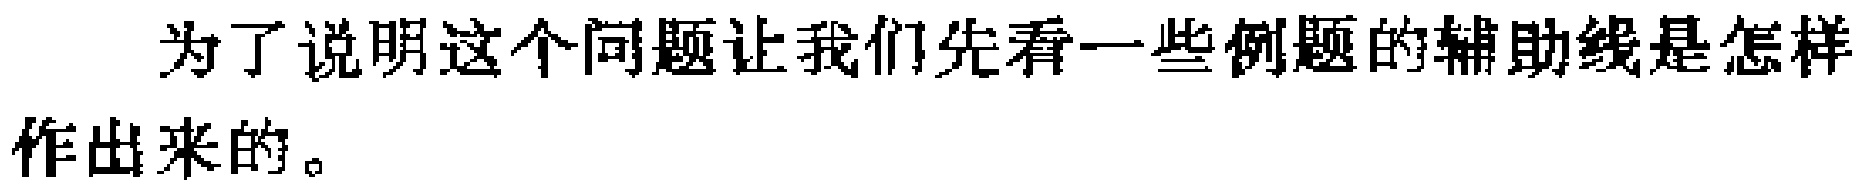
为了说明这个问题让我们先看一些例题的辅助线是怎样作出来的。